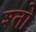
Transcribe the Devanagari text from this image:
श्तो